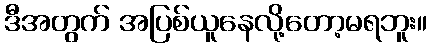
ဒီအတွက် အပြစ်ယူနေလို့တော့မရဘူး။